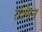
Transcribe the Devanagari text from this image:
रश्मिन